Lunatic asylums Burma 1922-24 - 1922-1924
Year: 1922
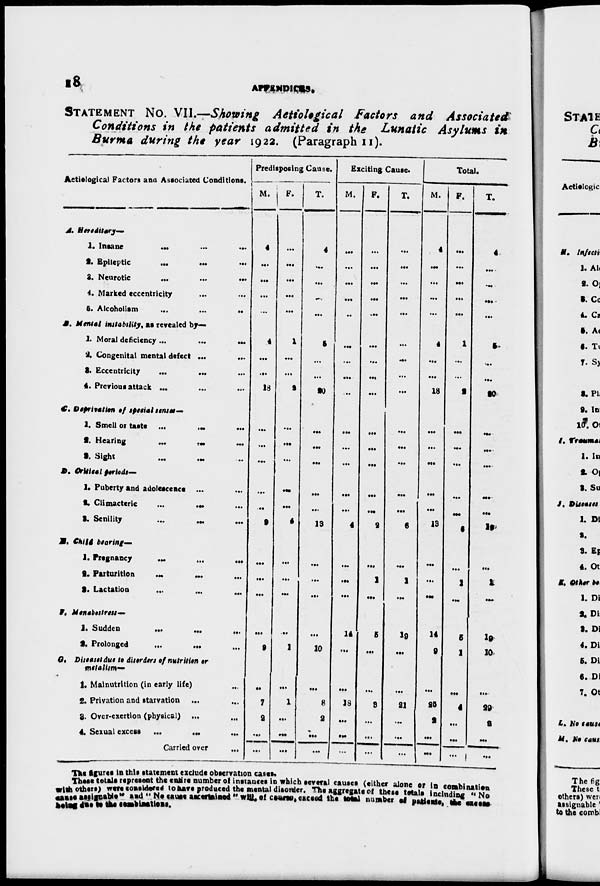
18
APPNDICES.
STATEMENT NO. VII.—Showing Aetiological Factors and Associated
Conditions in the patients admitted in the Lunatic Asylums in
Burma during the year 1922. (Paragraph 11).
Actiological Factors ana Associated Conditions.
A. Herredity—
1. Insane
...
...
...
2. Epileptic
...
...
...
3. Neurotic
...
...
...
4. Marked eccentricity ... ...
5. Alcoholism
...
...
...
B. Mental instability, as revealed by—
1. Moral deficiency ...
...
...
2. Congenital mental defect ...
...
3. Eccentricity ... ... ...
4. Previous attack ... ... ...
C. Desprivation of special senses—
1. Smell or taste ...
...
...
2. Hearing
...
...
...
3. Sight
...
... ...
D. Critical periods—
1. Puberty and adolescence ... ...
2. Climacteric
...
... ...
3. Senility
...
...
...
E. Child bearing—
1. Pregnancy
...
...
...
2. Parturition ... ... ...
3. Lactation ... ... ...
F. Menabestress—
1. Sudden
...
...
...
2. Prolonged
...
...
...
G. Diseases due to diserers of nutrition or
metalism—
1. Malnutrition (in early life) ...
2. Privation and starvation ... ...
3. Over-exertion (physical) ... ...
4. Sexual excess
...
...
...
Carried over ...
Predisposing Cause.
M.
4
...
...
...
...
4
...
...
18
...
...
...
...
...
9
...
...
...
...
9
...
7
2
...
...
F.
...
...
...
...
...
1
...
...
2
...
...
...
...
...
4
...
...
...
...
1
...
1
...
...
...
T.
4
...
...
...
...
5
...
...
20
...
...
...
...
...
13
...
...
...
...
10
...
8
2
...
. . .
Exciting Cause.
M.
...
...
...
...
...
...
...
...
...
...
...
...
...
...
4
...
...
...
14
...
...
18
...
...
...
F.
...
...
...
...
...
...
...
...
...
...
...
...
...
...
2
...
1
...
5
...
...
3
...
...
...
T.
...
...
...
...
...
...
...
...
...
...
...
...
...
...
6
...
1
...
19
...
...
21
...
...
...
Total.
M.
4
...
...
...
...
4
...
...
18
...
...
...
...
...
13
...
...
...
14
9
...
25
2
...
...
F.
...
...
...
...
...
1
...
...
2
...
...
...
...
...
6
...
1
...
5
1
...
4
...
...
...
T.
4
...
...
...
...
5
...
...
20
...
...
...
...
...
19
...
1
...
19
10
...
29
2
...
...
The figures in this statement exclude observation cases.
These totals represent the entire number of instances in which several causes (either alone or in combination
with others) were considered to have produced the mental disorder. The aggregate of these totals including " No
cases assignable" and " No cause ascertained "will " of causes, exceed total number of patients, the excess
being due to the
combinations.